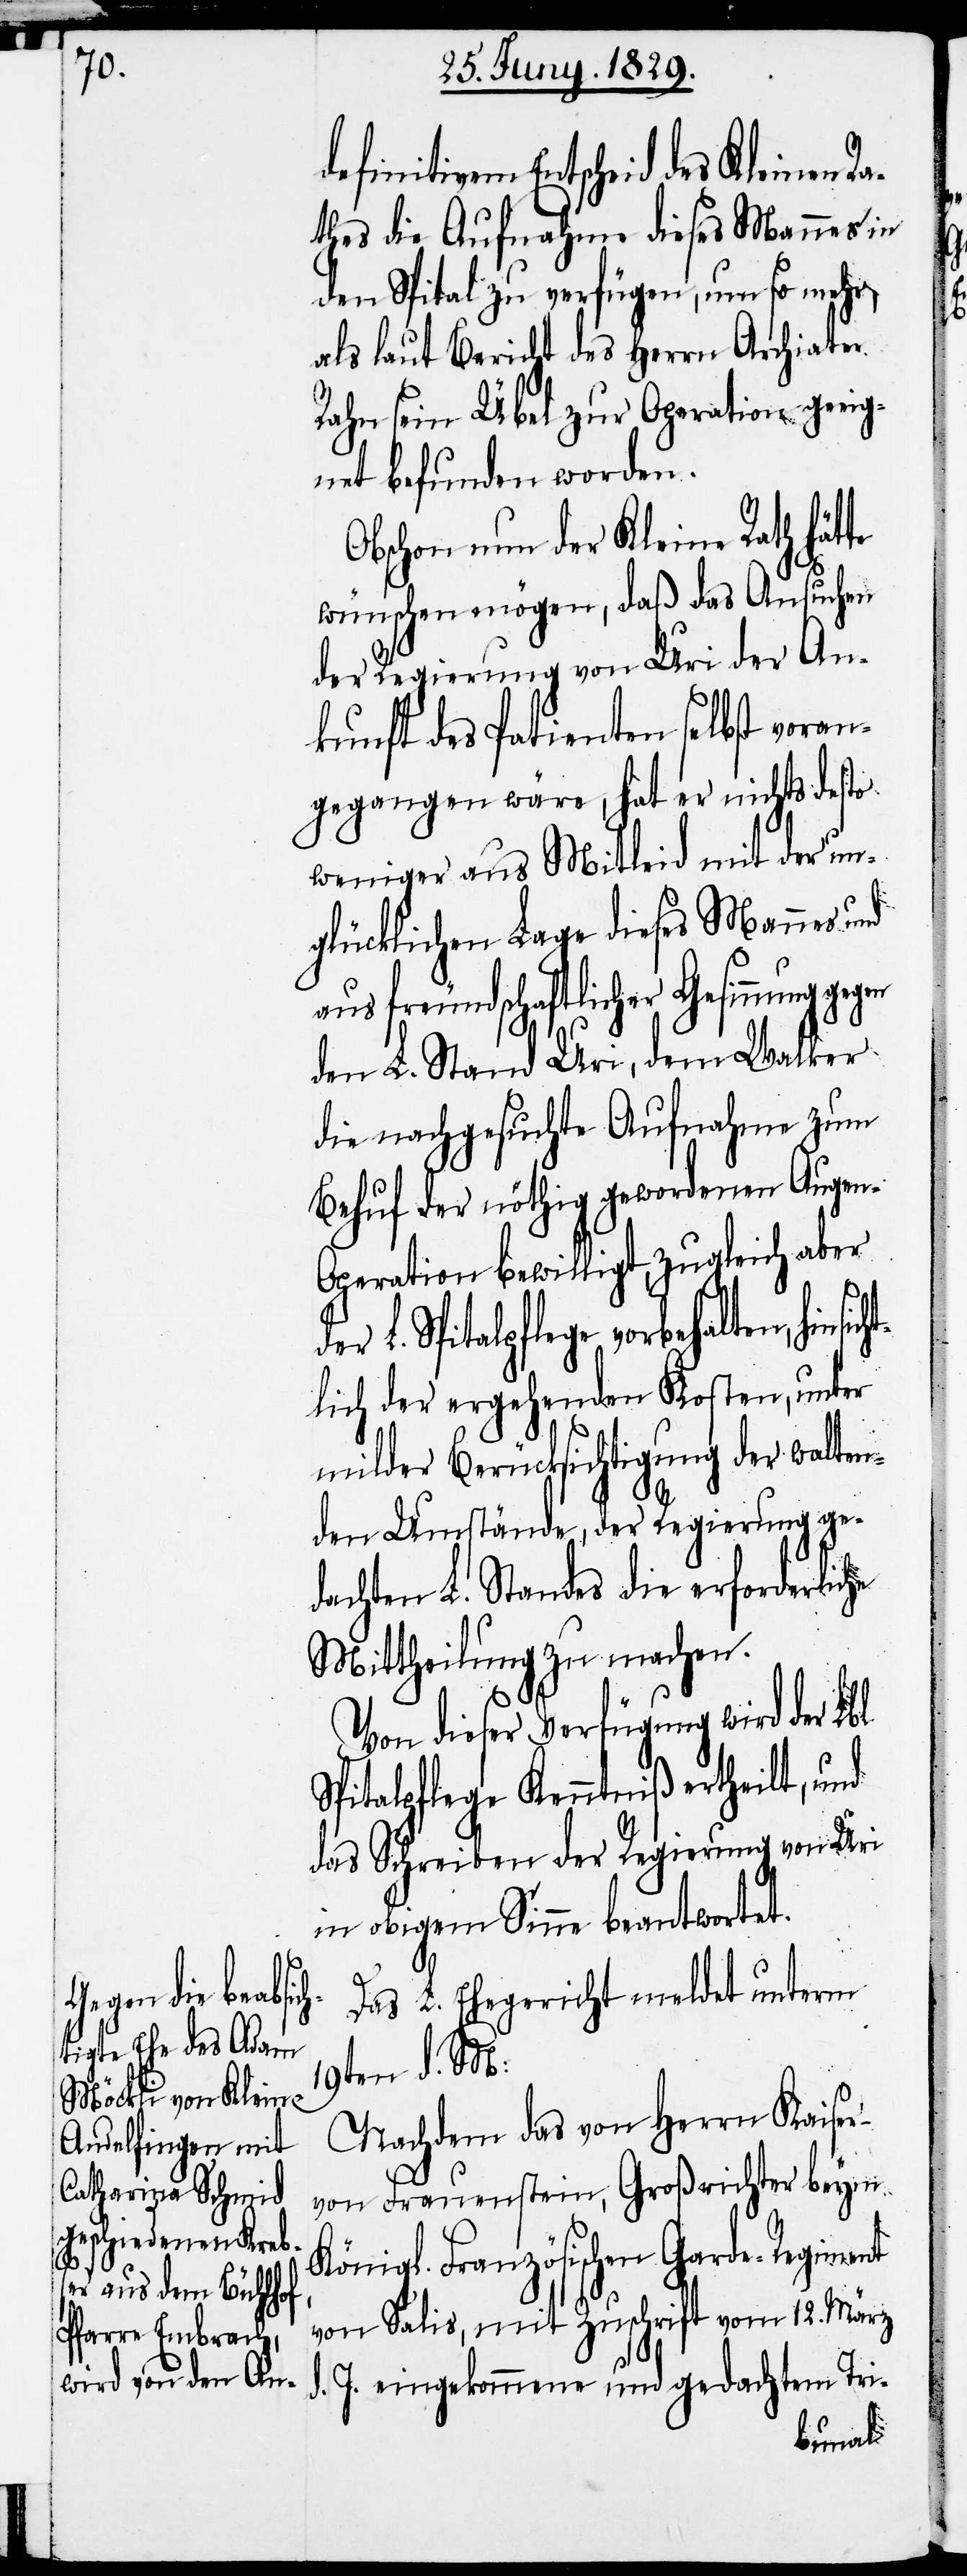
cht¬

definitivem Entscheid des Kleinen Ra¬
thes die Aufnahme dieses Mannes in
den Spital zu verfügen, um so mehr,
als laut Bericht des Herrn Archiater
Rahn sein Übel zur Operation geeig¬
net befunden worden.
Obschon nun der Kleine Rath hätte
wünschen mögen, daß das Ansuchen
der Regierung von Uri der An¬
kunft des Patienten selbst voran¬
gegangen wäre, hat er nichts desto
weniger aus Mitleid mit der un¬
glücklichen Lage dieses Mannes und
aus freundschaftlicher Gesinnung gegen
den L. Stand Uri, dem Walker
die nachgesuchte Aufnahme zum
Behuf der nöthig gewordenen Augen-O¬
peration bewilligt, zugleich aber
L. Spitalpflege vorbehalten, hinsi¬
lich der ergehenden Kosten, unter
milder Berücksichtigung der walten¬
den Umstände, der Regierung ge¬
dachten L. Standes die erforderliche
Mittheilung zu machen.
Von dieser Verfügung wird der Lbl.
Spitalpflege Kenntniß ertheilt, und
das Schreiben der Regierung von Uri
in obigem Sinne beantwortet.
Das L. Ehegericht meldet unterm
19ten d. M:
Nachdem das von Herrn Kaiser
von Frauenstein, Großrichter beym
Königl. Französischen Garde-Regiment
von Salis, mit Zuschrift vom 12. März
d. J. eingekommene und gedachtem Tri-